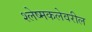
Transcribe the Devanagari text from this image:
श्लेष्मकलेवरील